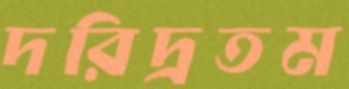
দরিদ্রতম